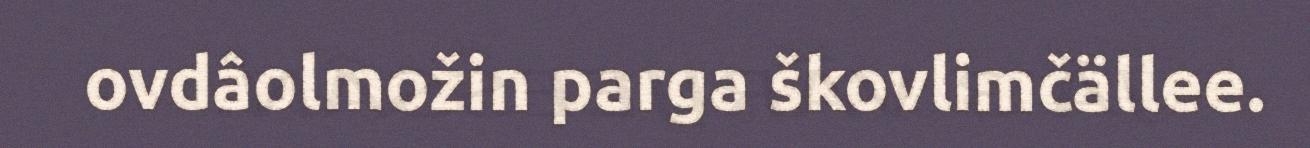
ovdâolmožin parga škovlimčällee.